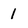
Character: 1